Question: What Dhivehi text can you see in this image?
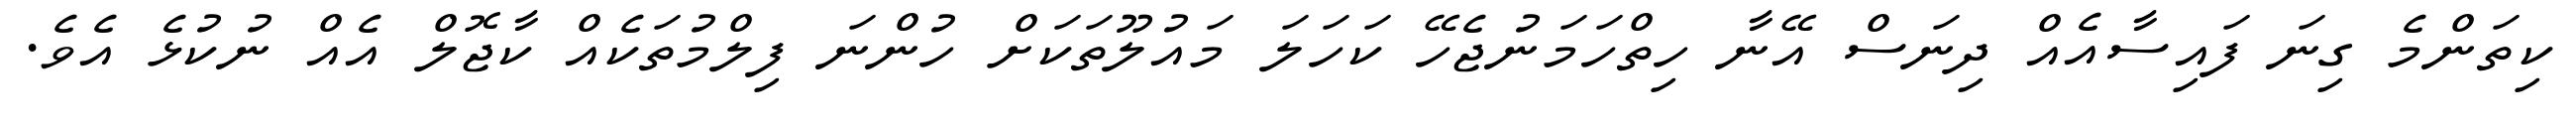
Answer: ކިތަންމެ ގިނަ ފައިސާއެއް ދިނަސް އޭނާ ހިތްހަމަނުޖެހޭ ކަހަލަ މައުލޫތަކަށް ހުންނަ ފިލްމުތަކެއް ކާޖޮލް އެއް ނުކުޅެ އެވެ.